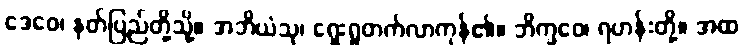
ဒေဝေ၊ နတ်ပြည်တို့သို့။ အဘိယံသု၊ ရှေးရှုတက်လာကုန်၏။ ဘိက္ခဝေ၊ ရဟန်းတို့။ အထ